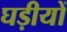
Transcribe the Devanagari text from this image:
घड़ीयों